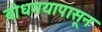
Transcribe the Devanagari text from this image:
बोधगयापासून